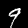
Digit: 9